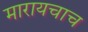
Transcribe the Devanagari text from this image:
मारायचाच